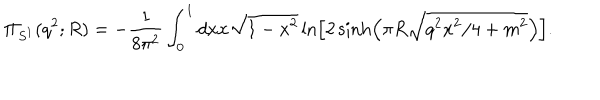
\Pi _ { S ^ { 1 } } ( q ^ { 2 } ; R ) = - { \frac { 1 } { 8 \pi ^ { 2 } } } \int _ { 0 } ^ { 1 } d x x \sqrt { 1 - x ^ { 2 } } \ln \left[ 2 \sinh \left( \pi R \sqrt { q ^ { 2 } x ^ { 2 } / 4 + m ^ { 2 } } \right) \right] .